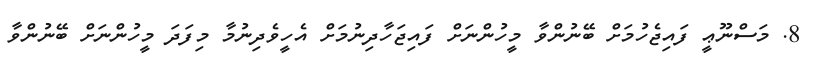
8. މަސްނޫޢީ ފައިޖެހުމަށް ބޭނުންވާ މީހުންނަށް ފައިޖަހާދިނުމަށް އެހީވެދިނުމާ މިފަދަ މީހުންނަށް ބޭނުންވާ